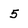
Character: 5